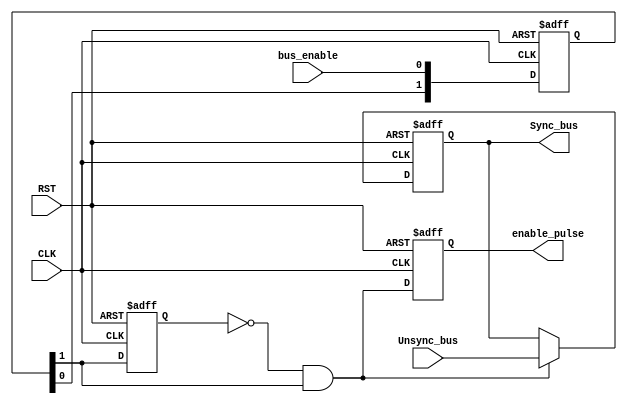
/********************************************************************************************/
/********************************************************************************************/
/**************************		Author: Alyaa Mohamed      **********************************/
/**************************		Module: Data_Sync	       **********************************/
/********************************************************************************************/
/********************************************************************************************/
module Data_Sync #(parameter NUM_STAGES = 2,BUS_WIDTH = 8)
(
    input   wire    [BUS_WIDTH-1:0]     Unsync_bus                              ,
    input   wire                        bus_enable                              ,
    input   wire                        RST                                     ,
    input   wire                        CLK                                     ,

    output  reg                         enable_pulse                            ,
    output  reg     [BUS_WIDTH-1:0]     Sync_bus                          
);

/********************************************************************************/
/**************************Internal Signals**************************************/

    reg             [NUM_STAGES-1:0]   register                                 ;
    reg                                enable_out                               ;
    wire                               And_out                                  ;

/********************************************************************************/
/****************************Multi Flip Flop*************************************/

    always @(posedge CLK or negedge RST) 
        begin

            if(!RST)
                begin                            
                
                    register   <= 'b0                                           ;
                    enable_out <= 'b0                                           ;

                end

            else
        
                {enable_out,register} <= {register[NUM_STAGES-1:0],bus_enable}  ;

        end

/********************************************************************************/
/*******************************Pulse Gen****************************************/

    assign  And_out = (~enable_out) & register[NUM_STAGES-1]                    ;

/********************************************************************************/
/*****************************Enable Pulse***************************************/

    always@(posedge CLK or negedge RST)
        begin
            
            if(!RST)
                                            
                enable_pulse   <= 'b0                                           ; 

            else
        
                enable_pulse <= And_out                                         ;

        end

/********************************************************************************/
/********************************************************************************/

    always@(posedge CLK or negedge RST)
        begin

            if(!RST)
            
                Sync_bus <= 'b0                                                 ;
            
            else 
                if(And_out)

                    Sync_bus <= Unsync_bus                                      ;

        end

endmodule